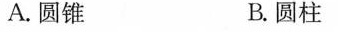
A.圆锥 B.圆柱